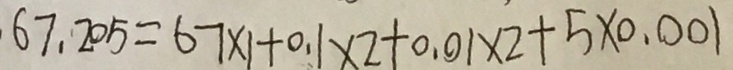
6 7 . 2 0 5 = 6 7 \times 1 + 0 . 1 \times 2 + 0 . 0 0 1 \times 2 + 5 \times 0 . 0 0 1